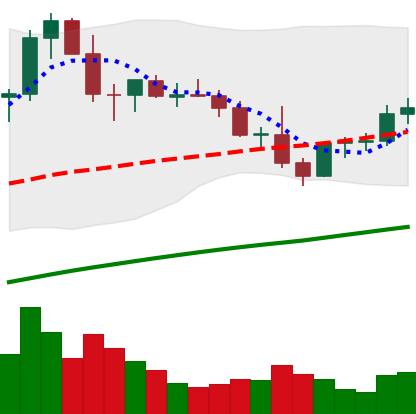
Ticker: LTC-USD
Chart end date: 2021-03-30
Forward return: 3.743%
Label: up_3_5